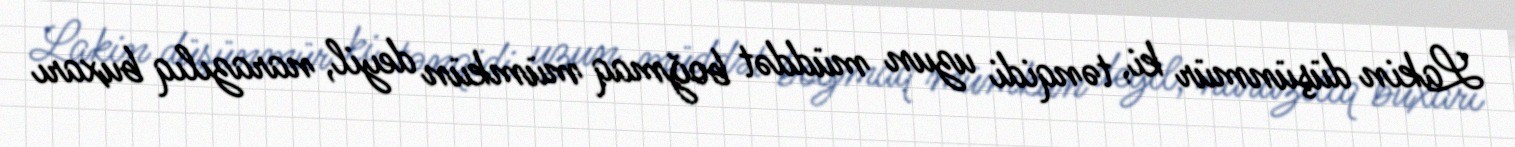
Lakin düşünmür ki, tənqidi uzun müddət boğmaq mümkün deyil, narazılıq buxarı